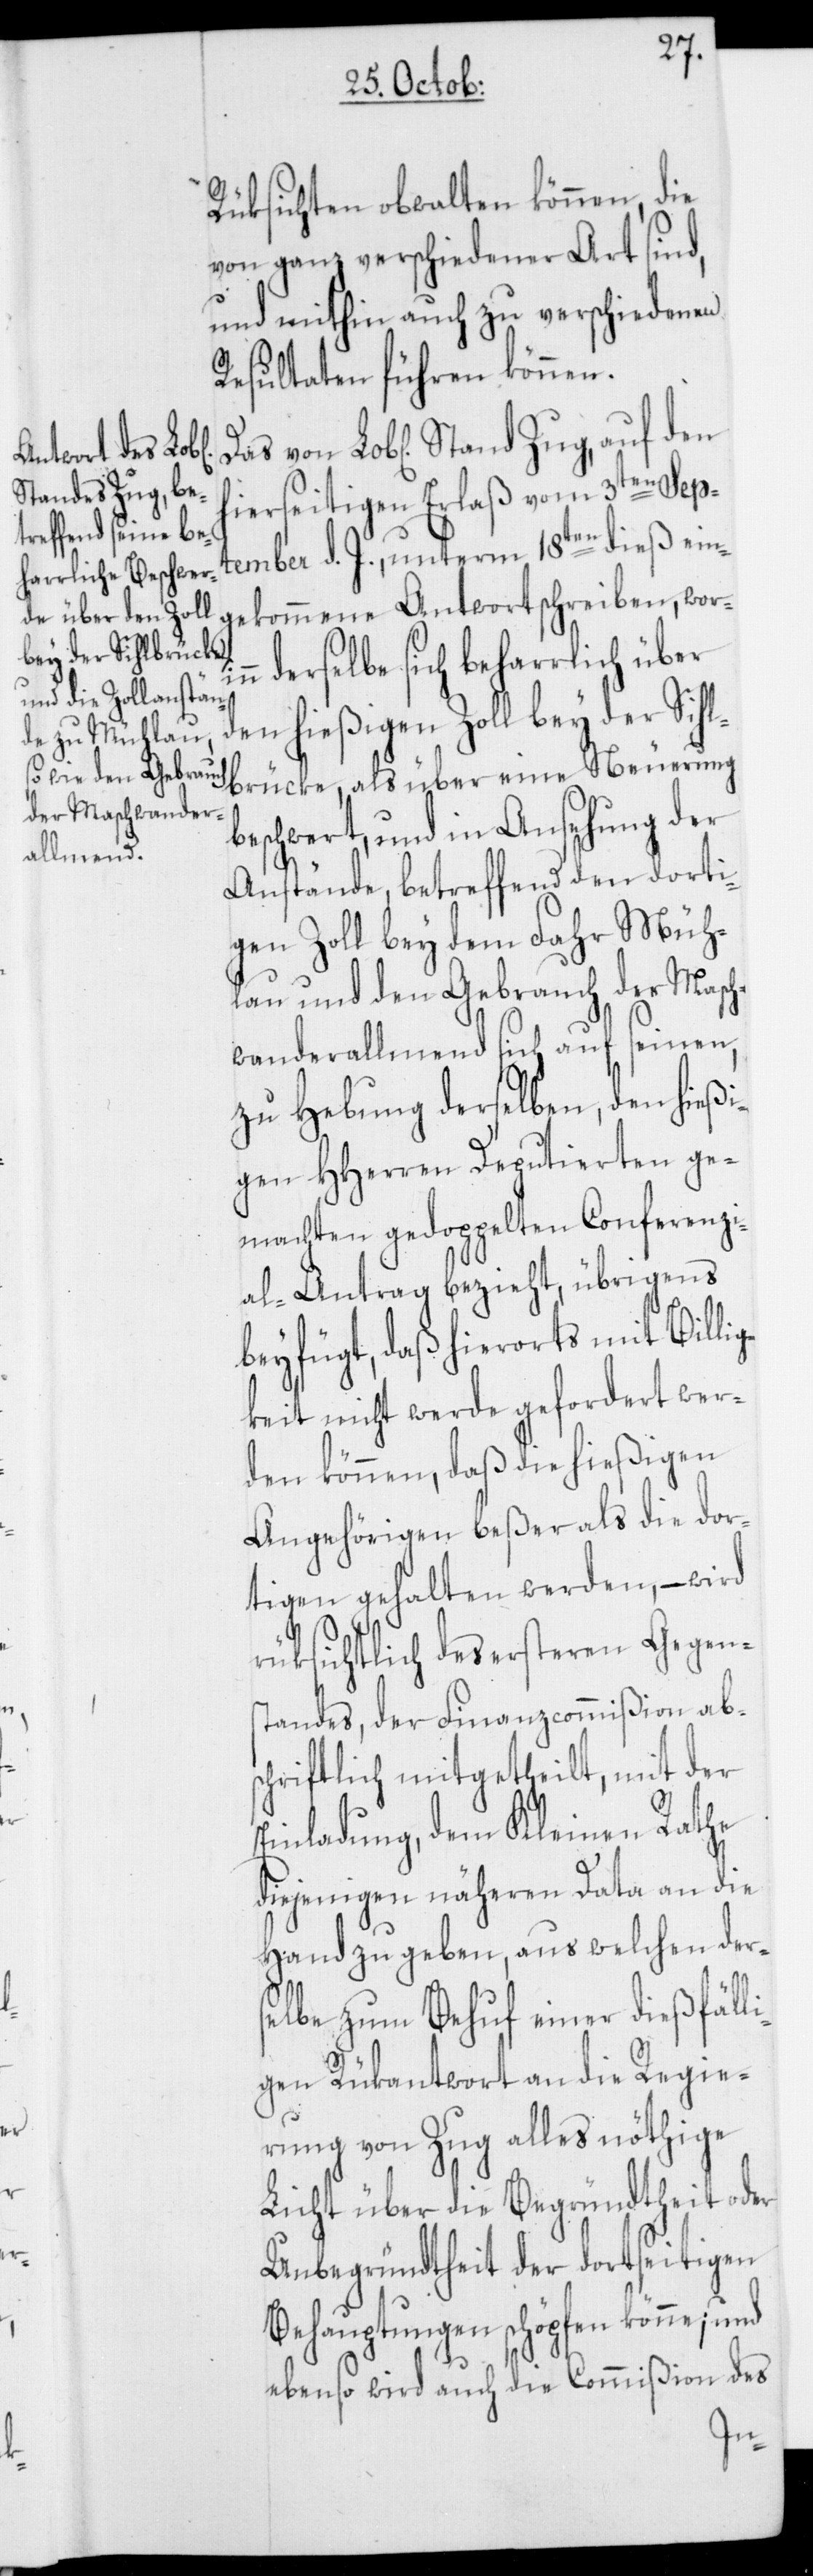
Rüksichten obwalten können, die
von ganz verschiedener Art sind,
und mithin auch zu verschiedenen
Resultaten führen können.
hierseitigen Erlaß vom 3ten Sept¬
ember d. J. unterm 18ten dieß ein¬
gekommene Antwortschreiben, wor¬
derselbe sich beharrlich über
den hießigen Zoll bey der Sihl¬
brücke, als über eine Neuerung
beschwert, und in Ansehung der
Anstände, betreffend den dorti¬
gen Zoll bey dem Fahr Müh¬
lau und den Gebrauch der Masch¬
wanderallmend sich auf seinen,
zu Hebung derselben, den hießi¬
gen HHerren Deputierten ge¬
machten gedoppelten Conferenzi¬
al-Antrag bezieht, übrigens
beyfügt, daß hierorts mit Billig¬
keit nicht werde gefordert wer¬
den können, daß die hießigen
Angehörigen beßer als die dor¬
tigen gehalten werden, – wird
rüksichtlich des ersteren Gegens¬
tandes, der Finanzcommißion abs¬
chriftlich mitgetheilt, mit der
Einladung, dem Kleinen Rathe
diejenigen näheren Data an die
Hand zu geben, aus welchen der¬
selbe zum Behuf einer dießfäll¬
igen Rükantwort an die Regie¬
rung von Zug alles nöthige
Licht über die Begründtheit oder
Unbegründtheit der dortseitigen
Behauptungen schöpfen könne; und
ebenso wird auch die Commißion des
inn